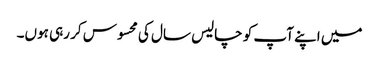
میں اپنے آپ کو چالیس سال کی محسوس کر رہی ہوں۔